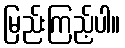
မြည်းကြည့်ပါ။